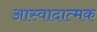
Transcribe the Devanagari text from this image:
आस्वादात्मक